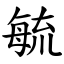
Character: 毓